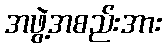
အဖွဲ့အစည်းအား